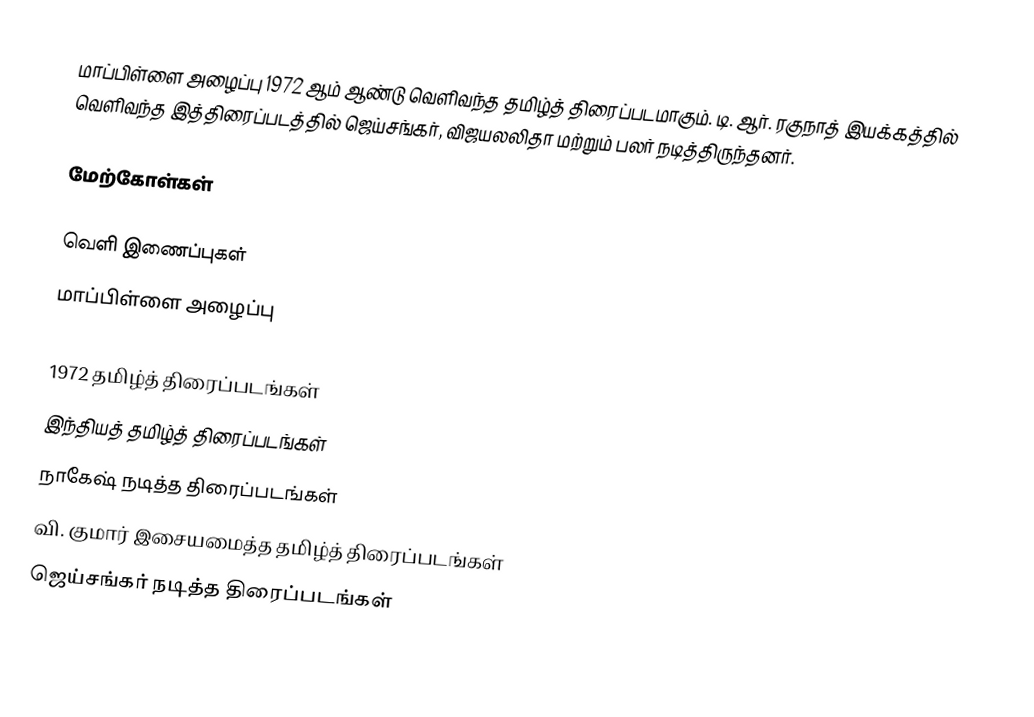
மாப்பிள்ளை அழைப்பு 1972 ஆம் ஆண்டு வெளிவந்த தமிழ்த் திரைப்படமாகும். டி. ஆர். ரகுநாத் இயக்கத்தில் வெளிவந்த இத்திரைப்படத்தில் ஜெய்சங்கர், விஜயலலிதா மற்றும் பலர் நடித்திருந்தனர்.

மேற்கோள்கள்

வெளி இணைப்புகள்
மாப்பிள்ளை அழைப்பு

1972 தமிழ்த் திரைப்படங்கள்
இந்தியத் தமிழ்த் திரைப்படங்கள்
நாகேஷ் நடித்த திரைப்படங்கள்
வி. குமார் இசையமைத்த தமிழ்த் திரைப்படங்கள்
ஜெய்சங்கர் நடித்த திரைப்படங்கள்